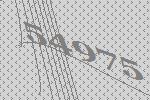
54975